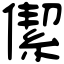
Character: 𠎧